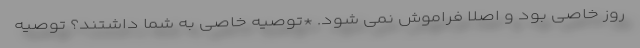
روز خاصی بود و اصلاً فراموش نمی شود. *توصیه خاصی به شما داشتند؟ توصیه